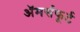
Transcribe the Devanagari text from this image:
अॅमर्सफूर्ट